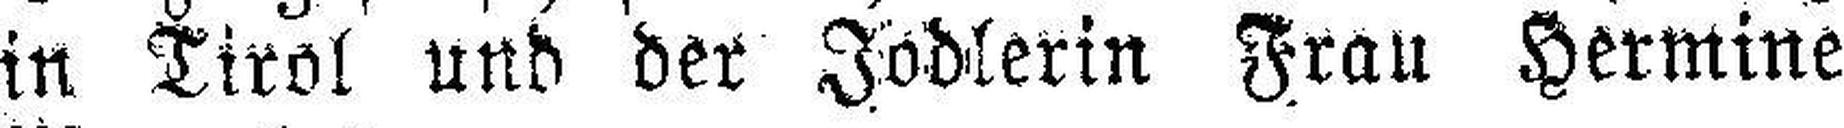
in Tirol und der Jodlerin Frau Hermine